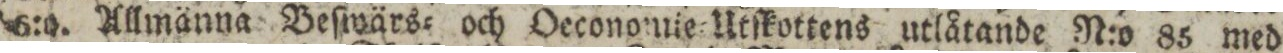
6:o. Allmänna Beſwärs= och Oeconomie=Utſkottens utlåtande N:o 85 med